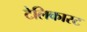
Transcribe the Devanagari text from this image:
टेलिकास्ट